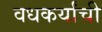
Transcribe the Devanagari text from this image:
वधकर्यांची